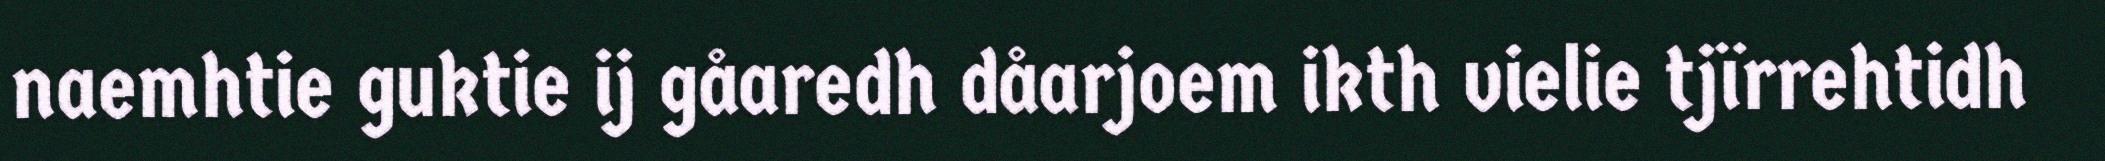
naemhtie guktie ij gåaredh dåarjoem ikth vielie tjïrrehtidh